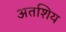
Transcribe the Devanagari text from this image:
अतशिय